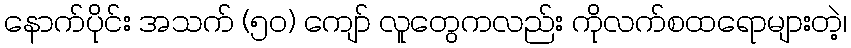
နောက်ပိုင်း အသက် (၅၀) ကျော် လူတွေကလည်း ကိုလက်စထရောများတဲ့၊